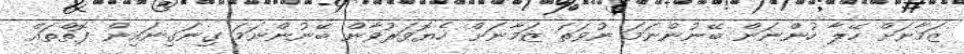
ޒަމާނަށް ހޭލާ ހުންނަން ބޭނުންނަމަ ނުވަތަ ޒަމާނަށް ހެޔޮވަރުވާން ބޭނުންނަމަ ގިނަގިނައިން ފޮތްތައް